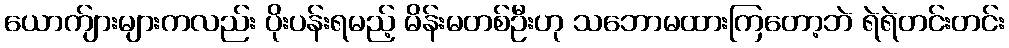
ယောက်ျားများကလည်း ပိုးပန်းရမည့် မိန်းမတစ်ဦးဟု သဘောမထားကြတော့ဘဲ ရဲရဲတင်းတင်း